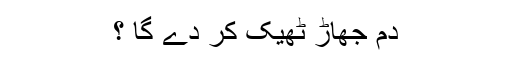
دم جھاڑ ٹھیک کر دے گا ؟